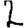
Digit: 2